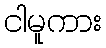
ငါမူကား